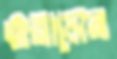
ওয়ানের